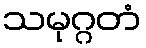
သမုဂ္ဂတံ